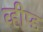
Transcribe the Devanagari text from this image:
व्हीप्ड